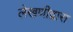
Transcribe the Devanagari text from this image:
लेखणीद्वारा